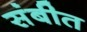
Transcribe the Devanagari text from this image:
संबीत